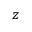
z